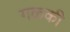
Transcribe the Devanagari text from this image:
गळकी